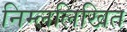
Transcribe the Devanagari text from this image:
निम्ललिखित